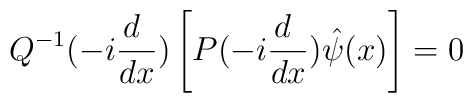
Q^{-1}(-i\frac{d~}{dx})\left[ P(-i\frac{d~}{dx})\hat\psi(x)\right]=0